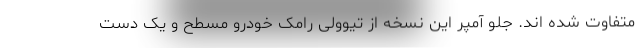
متفاوت شده اند. جلو آمپر این نسخه از تیوولی رامک خودرو مسطح و یک دست